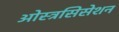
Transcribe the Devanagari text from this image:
ओस्त्रसिसेशन